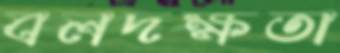
বলদক্ষতা